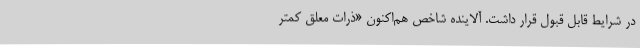
در شرایط قابل قبول قرار داشت. آلاینده شاخص هم‌اکنون «ذرات معلق کمتر